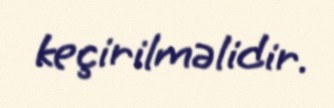
keçirilməlidir.